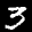
Label: 3